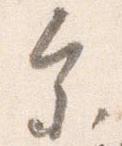
参